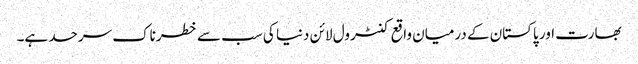
بھارت اور پاکستان کے درمیان واقع کنٹرول لائن دنیا کی سب سے خطرناک سرحد ہے۔